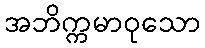
အဘိက္ကမာဝုသော